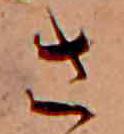
さ